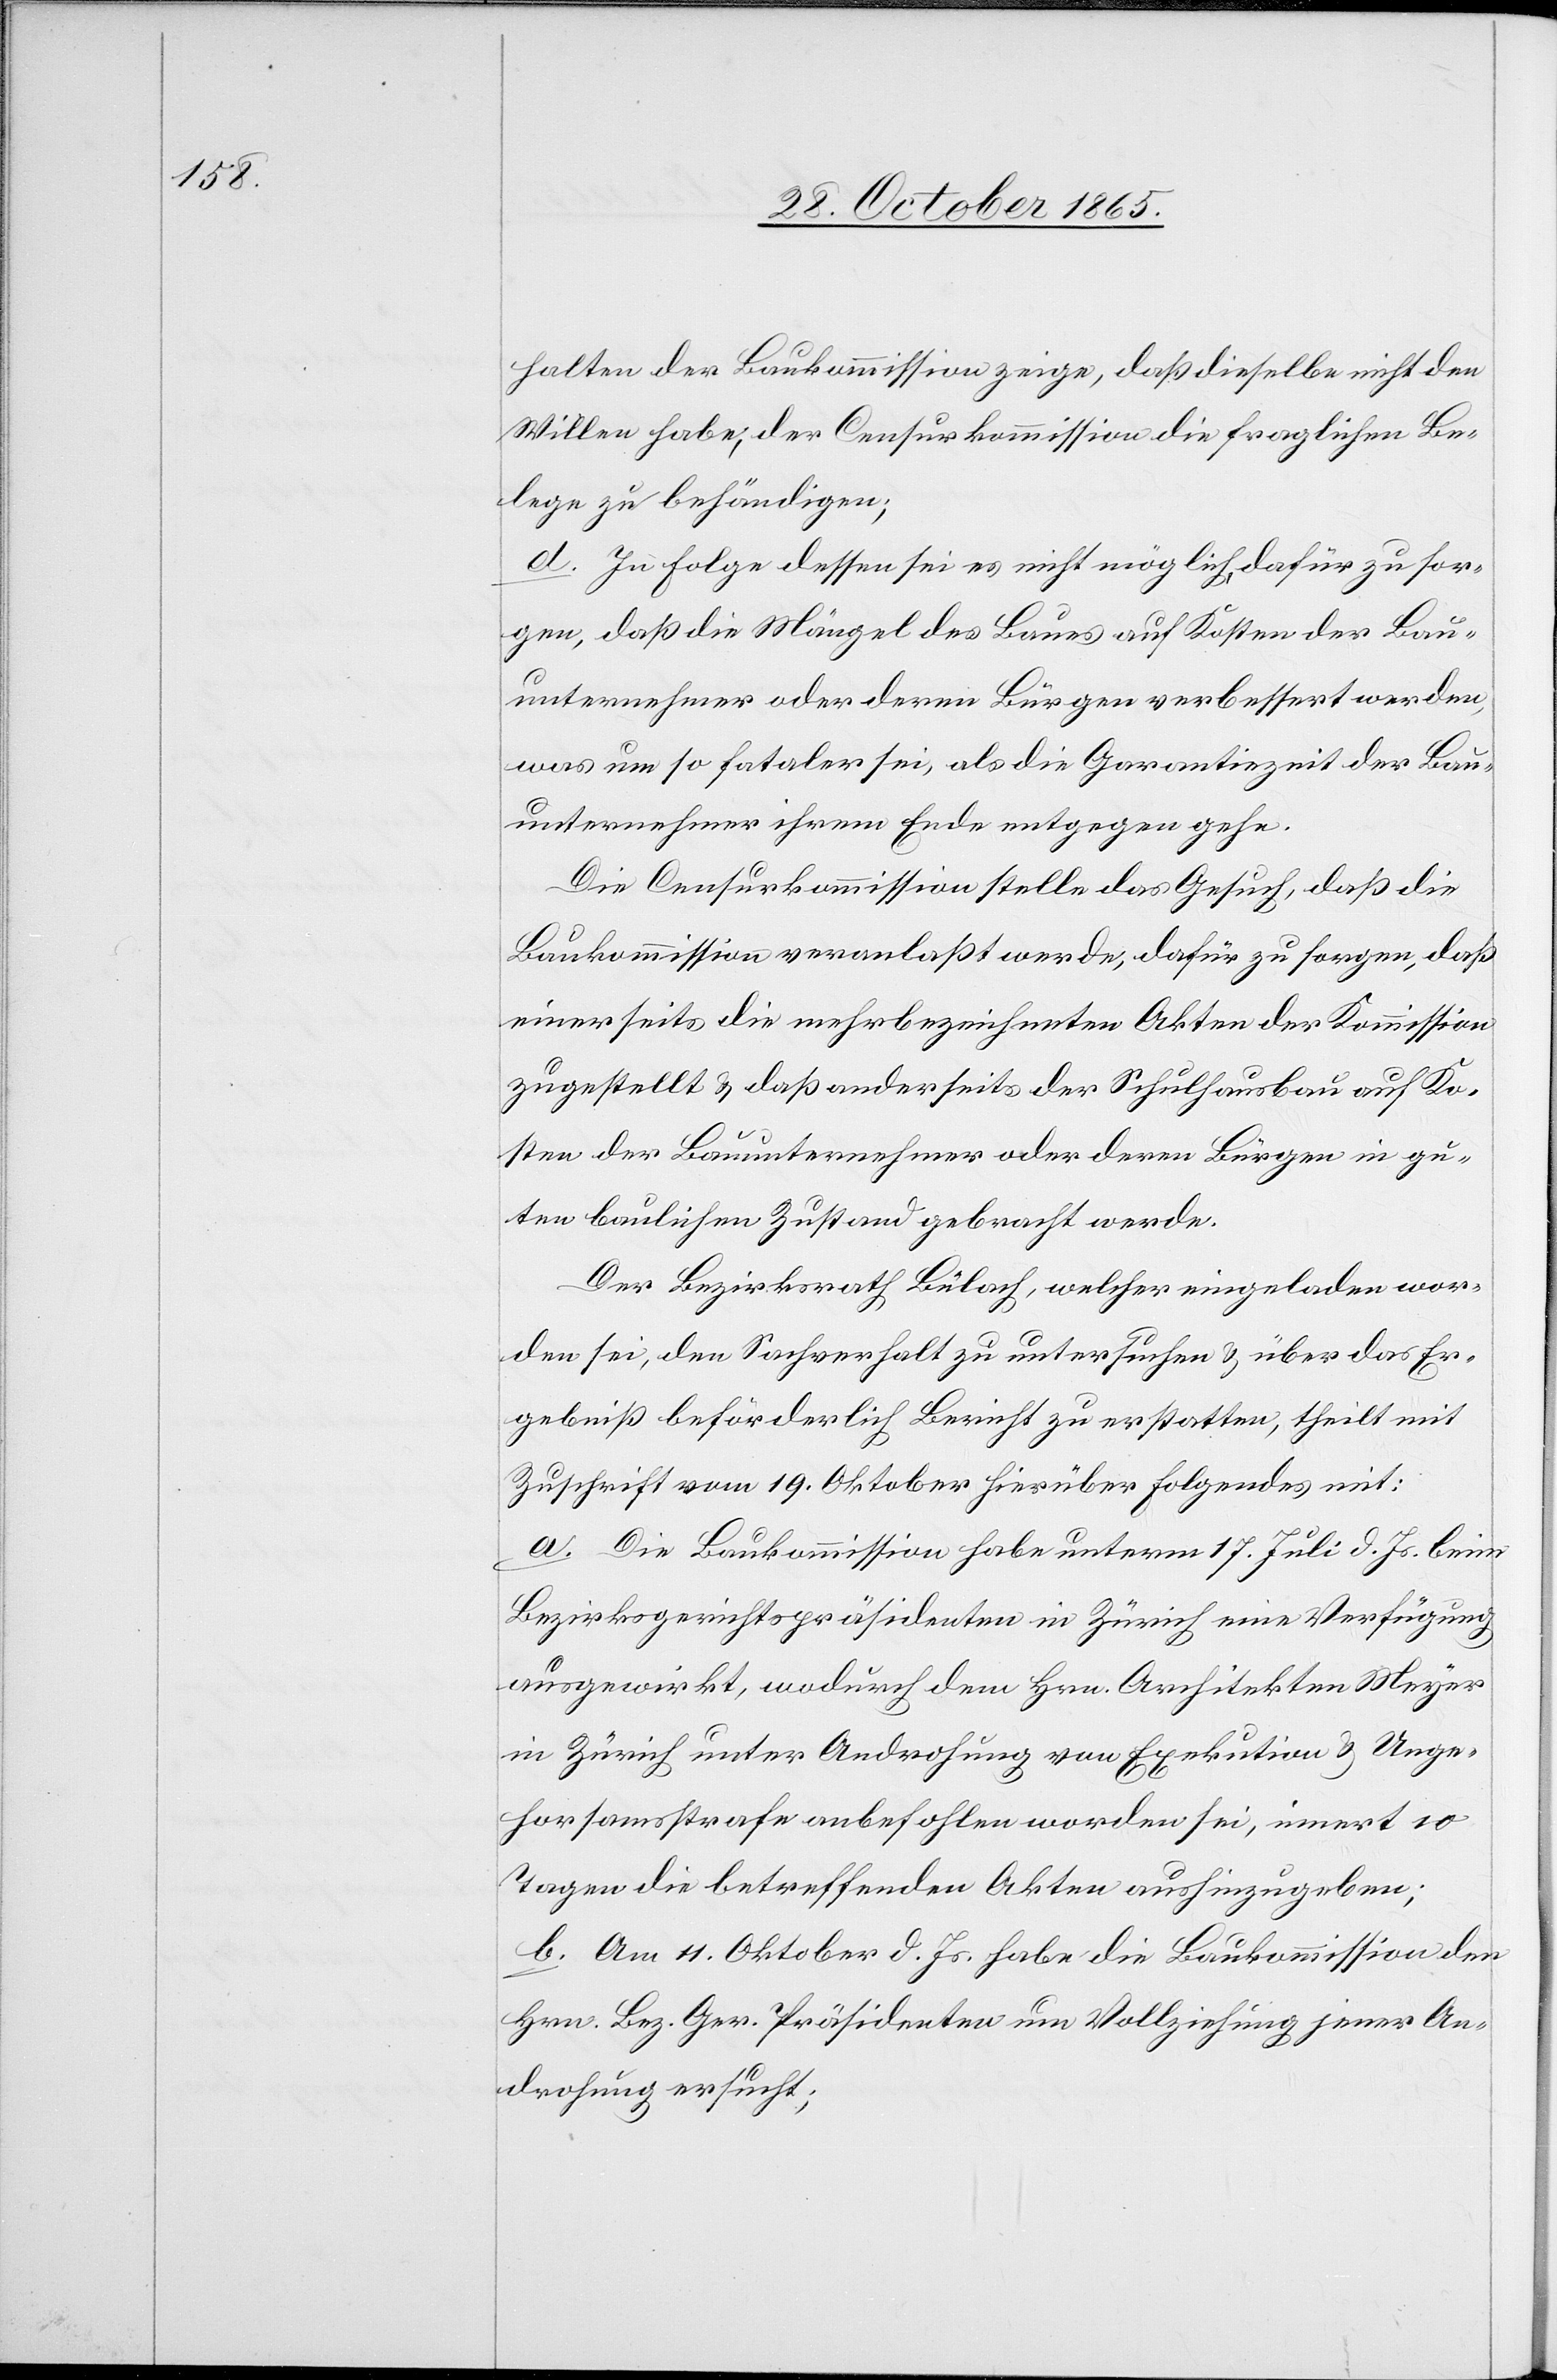
halten der Baukommission zeige, daß dieselbe nicht den
Willen habe, der Censurkommission die fraglichen Be¬
lege zu behändigen;
d. In Folge dessen sei es nicht möglich, dafür zu sor¬
gen, daß die Mängel des Baues auf Kosten der Bau¬
unternehmer oder deren Bürgen verbessert werden,
was um so fataler sei, als die Garantiezeit der Bau¬
unternehmer ihrem Ende entgegen gehe.
Die Censurkommission stelle das Gesuch, daß die
Baukommission veranlaßt werde, dafür zu sorgen, daß
einerseits die mehrbezeichneten Akten der Kommission
zugestellt & daß anderseits der Schulhausbau auf Ko¬
sten der Bauunternehmer oder deren Bürgen in gu¬
ten baulichen Zustand gebracht werde.
Der Bezirksrath Bülach, welcher eingeladen wor¬
den sei, den Sachverhalt zu untersuchen & über das Er¬
gebniß beförderlich Bericht zu erstatten, theilt mit
Zuschrift vom 19. Oktober hierüber Folgendes mit:
a. Die Baukommission habe unterm 17. Juli d. Js. beim
Bezirksgerichtspräsidenten in Zürich eine Verfügung
ausgewirkt, wodurch dem Hrn. Architekten Meyer
in Zürich unter Androhung von Exekution & Unge¬
horsamsstrafe anbefohlen worden sei, innert 10
Tagen die betreffenden Akten aushinzugeben;
b. Am 11. Oktober d. Js. habe die Baukommission den
Hrn. Bez. Ger. Präsidenten um Vollziehung jener An¬
drohung ersucht;